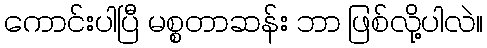
ကောင်းပါပြီ မစ္စတာဆန်း ဘာ ဖြစ်လို့ပါလဲ။